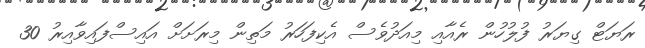
ރަޔަޓް ގިޔަރު ފުލުހުން ރެއާއި މިއަދުވެސް އެކިފަހަރު މަތިން މިރަށަށް އައިސްފައިވާއިރު 30